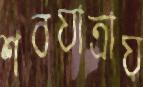
শবযাত্রায়